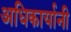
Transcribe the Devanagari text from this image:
अधिकार्यानी